Annual report on the Civil Veterinary Department, Burma (including the Insein Veterinary School) - 1932-1941
Year: 1932
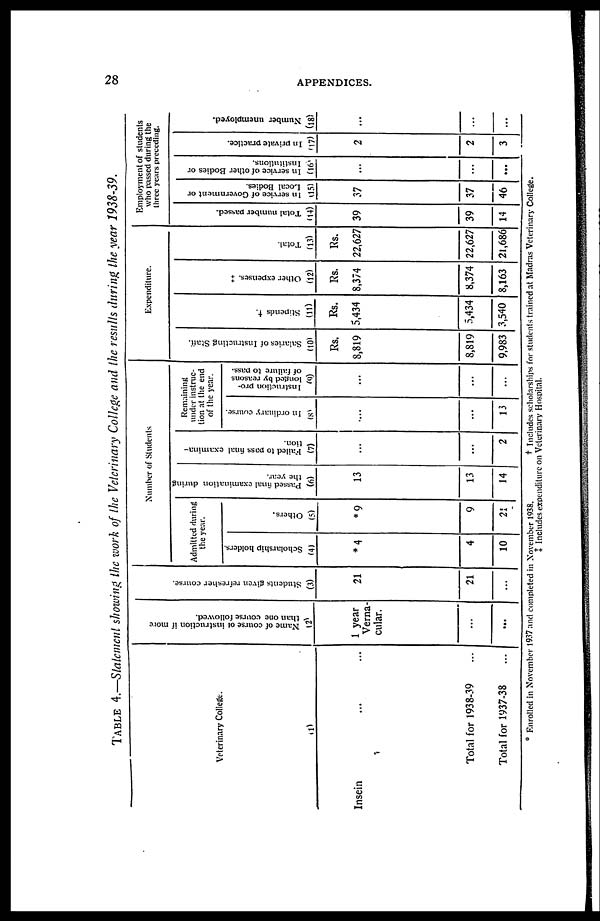
28
APPENDICES.
TABLE 4.—Statement showing the work of the Veterinary College and the results during the year 1938-39.
Veterinary College.
(1)
Insein ... ...
Total for 1938-39 ...
Total for 1937-38 ...
Name of course of instruction if more
than one course followed.
(2)
1 year
Verna-
cular.
...
...
Students given refresher course.
(3)
21
21
...
Number of Students
Admitted during
the year.
Scholarship holders
(4)
*4
4
10
Others.
(5)
*9
9
21
Passed final examination during
the year.
(6)
13
13
14
Failed to pass final examina-
tion.
(7)
...
...
2
Remaining
under instruc-
tion at the end
of the year.
In ordinary course.
(8)
...
...
13
Instruction pro-
longed by reasons
of failure to pass.
(9)
...
...
...
Expenditure.
Salaries of Instructing Staff.
(10)
Rs.
8,819
8,819
9,983
Stipends †
(11)
Rs.
5,434
5,434
3,540
Other expenses. ‡
(12)
Rs.
8,374
8,374
8,163
Total.
(13)
Rs.
22,627
22,627
21,686
Employment of students
who passed during the
three years preceding.
Total number passed.
(14)
39
39
14
In service of Government or
Local Bodies.
(15)
37
37
46
In service of other Bodies or
Institutions.
(16)
...
...
...
In private practice.
(17)
2
2
3
Number unemployed.
(18)
...
...
...
* Enrolled in November 1937 and completed in November 1938.
† Includes scholarships for students trained at Madras Veterinary College.
‡ Includes expenditure on Veterinary Hospital.